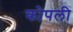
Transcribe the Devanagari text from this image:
कोपली